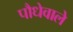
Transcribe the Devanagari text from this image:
पौधेवाले